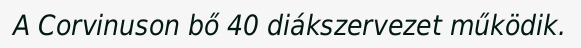
A Corvinuson bő 40 diákszervezet működik.